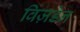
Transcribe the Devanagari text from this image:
विज़डेन